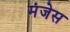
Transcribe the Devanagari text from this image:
मंजेस